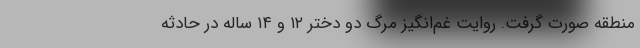
منطقه صورت گرفت. روایت غم‌انگیز مرگ دو دختر ۱۲ و ۱۴ ساله در حادثه